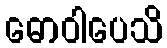
ဓောဝါပေသိ